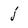
Character: j